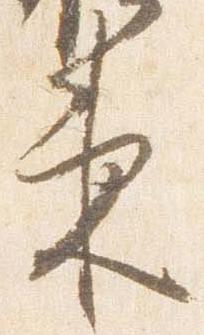
束